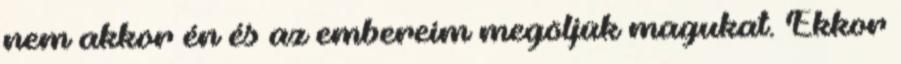
nem akkor én és az embereim megöljük magukat. Ekkor